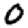
Digit: 0